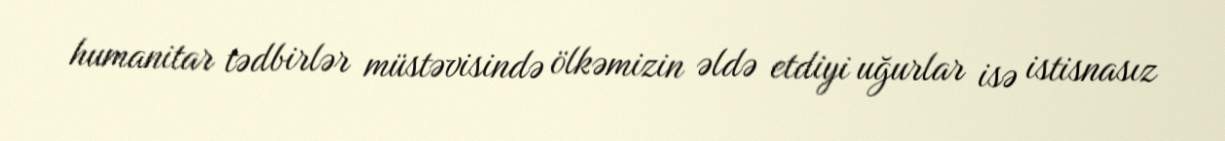
humanitar tədbirlər müstəvisində ölkəmizin əldə etdiyi uğurlar isə istisnasız